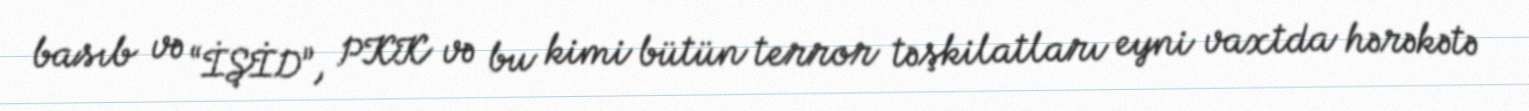
basıb və “İŞİD”, PKK və bu kimi bütün terror təşkilatları eyni vaxtda hərəkətə